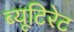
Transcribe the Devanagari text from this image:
ब्यूटिरेट